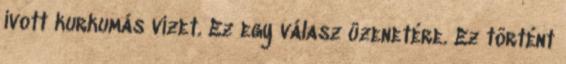
ivott kurkumás vizet. Ez egy válasz üzenetére. Ez történt